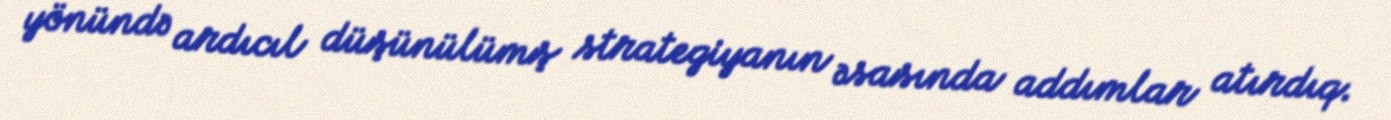
yönündə ardıcıl düşünülümş strategiyanın əsasında addımlar atırdıq.